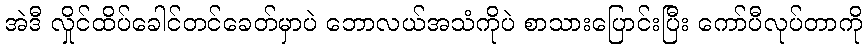
အဲဒီ လှိုင်ထိပ်ခေါင်တင်ခေတ်မှာပဲ ဘောလယ်အသံကိုပဲ စာသားပြောင်းပြီး ကော်ပီလုပ်တာကို